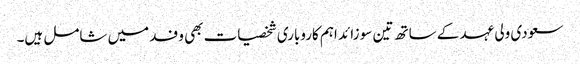
سعودی ولی عہد کے ساتھ تین سو زائد اہم کاروباری شخصیات بھی وفد میں شامل ہیں۔